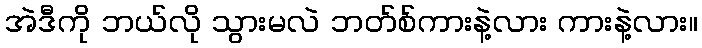
အဲဒီကို ဘယ်လို သွားမလဲ ဘတ်စ်ကားနဲ့လား ကားနဲ့လား။